system: You are a helpful assistant.
user:
Analyze the provided spectrum to determine if it is a **White Dwarf (WD)**.

A White Dwarf spectrum is defined by its **extreme purity** (due to gravitational settling) and/or **extreme pressure broadening** (due to high surface gravity). You must check for one of the following mutually exclusive signatures:

- **Key Visual Indicators (Check for ONE of these types):**

    - **1. DA-Type Signature (Most Common):**
        - **(Primary Feature):** Extreme pressure broadening (Stark broadening) of the **Hydrogen (H) Balmer lines**.
        - **(Key Lines):** $H\beta$ (approx. $4861$ Å) and $H\gamma$ (approx. $4340$ Å). $H\alpha$ (approx. $6563$ Å) will also be present if the wavelength range covers it.
        - **(Line Profile):** This is the **defining feature**. The lines are **NOT** sharp. They appear as massive, **extremely broad and deep "troughs" or "dips"** in the spectrum, often hundreds of Ångströms wide. The continuum will appear to "scoop" down at these wavelengths.
        - **(Distinction):** Normal A-type or B-type stars have *narrow* and *sharp* Hydrogen lines. A DA White Dwarf's lines are unmistakably "smeared" or "blurry" from pressure.

    - **2. DB-Type Signature:**
        - **(Primary Feature):** Broad absorption lines from **Neutral Helium (He I)**. The spectrum must lack any visible Hydrogen lines.
        - **(Key Lines):** Look for broad absorption near $4471$ Å, $4921$ Å, and $5876$ Å.
        - **(Line Profile):** These lines are also significantly pressure-broadened, appearing much wider than they would in a normal B-type main-sequence star.

    - **3. DC-Type Signature:**
        - **(Primary Feature):** A **featureless continuous spectrum**.
        - **(Line Profile):** The spectrum is a smooth curve with **no significant absorption or emission lines**.
        - **(Key Confirmation):** The continuum is almost always **blue or white**, indicating a hot object. This signature implies the atmosphere is so pure (or so cool) that no spectral lines are visible in the optical range. Its WD identity is confirmed by its extremely low intrinsic brightness (high absolute magnitude).

    - **4. DZ-Type Signature (Metal-Polluted):**
        - **(Primary Feature):** **Isolated, narrow metal absorption lines** on an otherwise featureless (DC-like) continuum.
        - **(Key Lines):** The **Calcium (Ca II) H & K doublet** (approx. **$3934$ Å** and **$3968$ Å**) is the most common and defining feature.
        - **(Line Profile):** These lines are "out of place." They are *not* part of a "forest" of thousands of lines. This signature is evidence of recent *accretion* (pollution) from rocky debris.
        - **(Distinction):** Normal G/K/M stars have a *dense forest* of thousands of metal lines. A DZ has a *clean* continuum with *only a few* strong metal lines.

    - **5. DQ-Type Signature (Carbon-Polluted):**
        - **(Primary Feature):** Absorption bands from **Carbon (C₂ "Swan Bands" or atomic C I)**.
        - **(Key Lines - C₂):** Look for bandheads with a "saw-tooth" shape near $5635$ Å, **$5165$ Å** (strongest), and $4737$ Å.
        - **(Key Confirmation):** The underlying **continuum must be blue or white** (hot).
        - **(Distinction):** This is the critical difference from a **Carbon Star**, which has the *exact same* C₂ bands but on an extremely **red, cool** continuum.

- **(Overall Spectrum):**
    - The continuum (overall shape) is typically **blue-sloping** (brighter in the blue than the red), as most white dwarfs are very hot.
    - The spectrum will look "pure" or "simple," dominated by only *one* of the five signatures listed above.

Think first, call **spectral_visualization_tool** if needed to examine features in detail, then provide your final answer. Your response must adhere to the following strict rules:
1.  **Overall Structure:** Your response must follow the format `<think>...</think> <tool_call>...</tool_call> (if a tool is used) <answer>...</answer>`.
2.  **Tool Usage Constraint:** You may only make **one** tool call per turn.
3.  **Final Answer Format:** In the `<answer>` tag, your conclusion must be inside a `\boxed{}` command (e.g., `\boxed{YES}` or `\boxed{NO}`), followed by your justification.

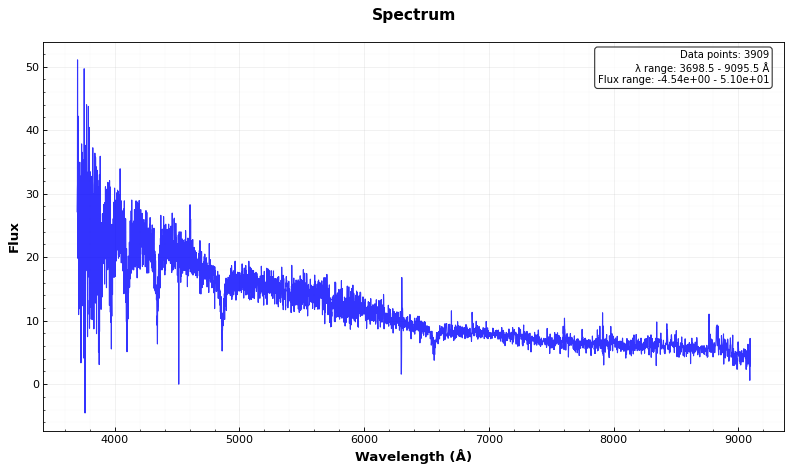
Answer: YES